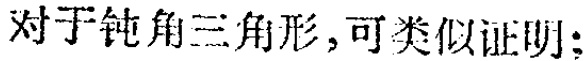
对于钝角三角形, 可类似证明: